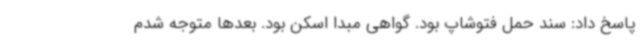
پاسخ داد: سند حمل فتوشاپ بود. گواهی مبدا اسکن بود. بعدها متوجه شدم